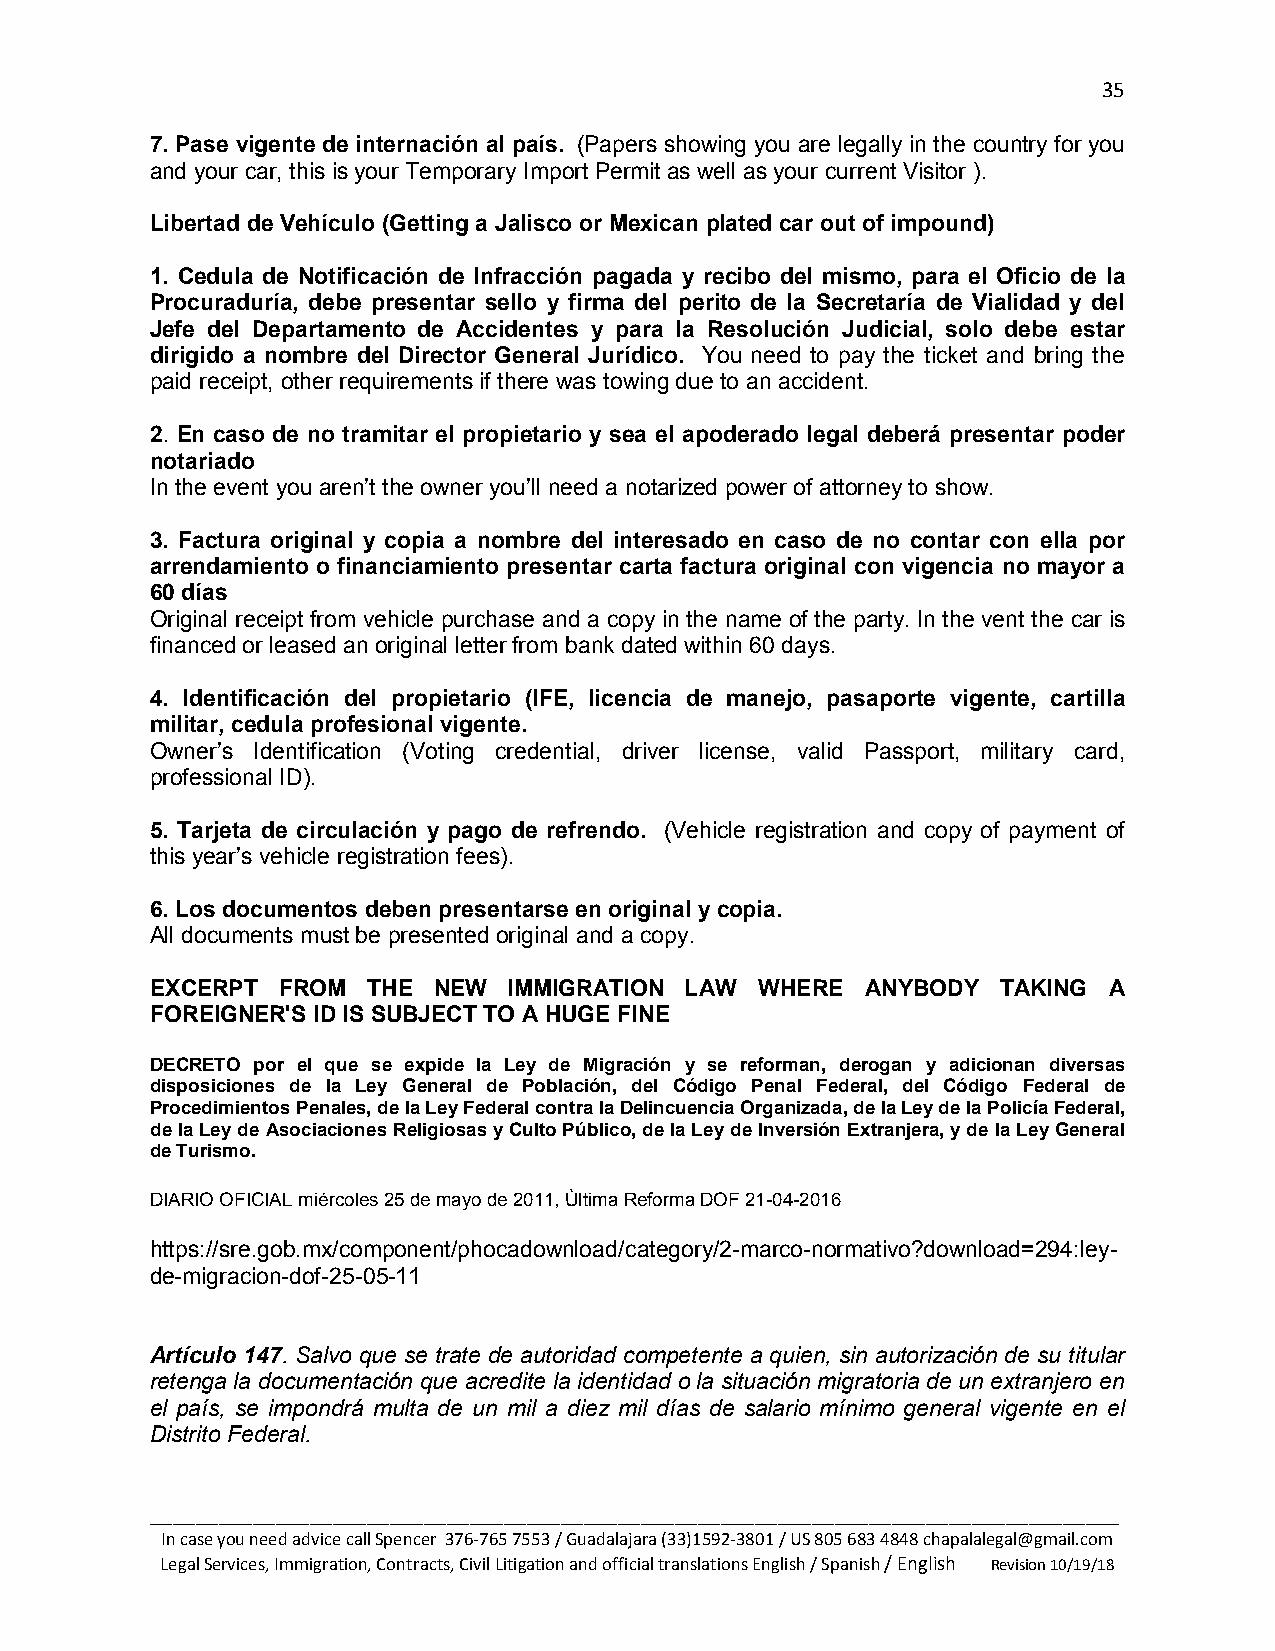
35
 7. Pase vigente de internación al país. (Papers showing you are legally in the country for you
 and your car, this is your Temporary Import Permit as well as your current Visitor ).
 Libertad de Vehículo (Getting a Jalisco or Mexican plated car out of impound)
 1. Cedula de Notificación de Infracción pagada y recibo del mismo, para el Oficio de la
 Procuraduría, debe presentar sello y firma del perito de la Secretaría de Vialidad y del
 Jefe del Departamento de Accidentes y para la Resolución Judicial, solo debe estar
 dirigido a nombre del Director General Jurídico. You need to pay the ticket and bring the
 paid receipt, other requirements if there was towing due to an accident.
 2. En caso de no tramitar el propietario y sea el apoderado legal deberá presentar poder
 notariado
 In the event you aren’t the owner you’ll need a notarized power of attorney to show.
 3. Factura original y copia a nombre del interesado en caso de no contar con ella por
 arrendamiento o financiamiento presentar carta factura original con vigencia no mayor a
 60 días
 Original receipt from vehicle purchase and a copy in the name of the party. In the vent the car is
 financed or leased an original letter from bank dated within 60 days.
 4. Identificación del propietario (IFE, licencia de manejo, pasaporte vigente, cartilla
 militar, cedula profesional vigente.
 Owner’s Identification (Voting credential, driver license, valid Passport, military card,
 professional ID).
 5. Tarjeta de circulación y pago de refrendo. (Vehicle registration and copy of payment of
 this year’s vehicle registration fees).
 6. Los documentos deben presentarse en original y copia.
 All documents must be presented original and a copy.
 EXCERPT FROM  THE  NEW  IMMIGRATION LAW WHERE  ANYBODY  TAKING A
 FOREIGNER'S ID IS SUBJECT TO A HUGE FINE
 DECRETO por el que se expide la Ley de Migración y se reforman, derogan y adicionan diversas
 disposiciones de la Ley General de Población, del Código Penal Federal, del Código Federal de
 Procedimientos Penales, de la Ley Federal contra la Delincuencia Organizada, de la Ley de la Policía Federal,
 de la Ley de Asociaciones Religiosas y Culto Público, de la Ley de Inversión Extranjera, y de la Ley General
 de Turismo.
 DIARIO OFICIAL miércoles 25 de mayo de 2011, Ùltima Reforma DOF 21-04-2016
 https://sre.gob.mx/component/phocadownload/category/2-marco-normativo?download=294:ley-
 de-migracion-dof-25-05-11
 Artículo 147. Salvo que se trate de autoridad competente a quien, sin autorización de su titular
 retenga la documentación que acredite la identidad o la situación migratoria de un extranjero en
 el país, se impondrá multa de un mil a diez mil días de salario mínimo general vigente en el
 Distrito Federal.
 _____________________________________________________________________________________
 In case you need advice call Spencer 376-765 7553 / Guadalajara (33)1592-3801 / US 805 683 4848 chapalalegal@gmail.com
 Legal Services, Immigration, Contracts, Civil Litigation and official translations English / Spanish / English Revision 10/19/18